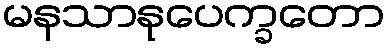
မနသာနုပေက္ခတော